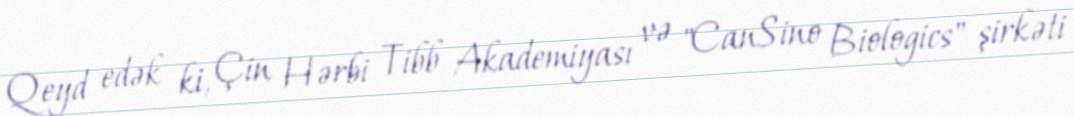
Qeyd edək ki, Çin Hərbi Tibb Akademiyası və "CanSino Biologics" şirkəti